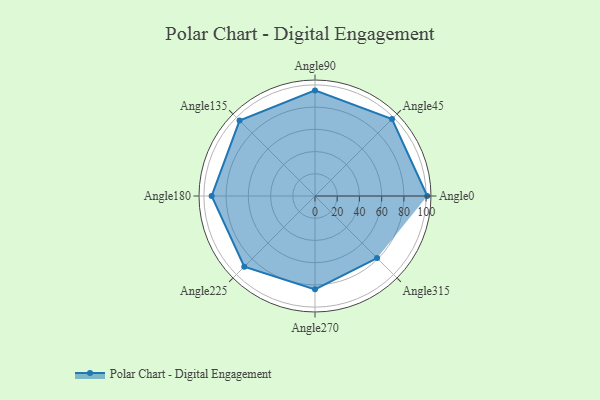
{"axis": {"x": "Angle", "y": "Radius"}, "legend": [""], "data": [{"x": "Angle0", "y": 101.0, "type": ""}, {"x": "Angle45", "y": 98.0, "type": ""}, {"x": "Angle90", "y": 95.0, "type": ""}, {"x": "Angle135", "y": 96.0, "type": ""}, {"x": "Angle180", "y": 93.0, "type": ""}, {"x": "Angle225", "y": 90.0, "type": ""}, {"x": "Angle270", "y": 84.0, "type": ""}, {"x": "Angle315", "y": 79.0, "type": ""}]}